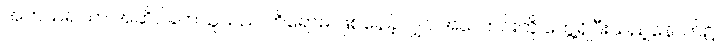
အကယ်၍သာ အဆိပ်ခတ်သူသည် ဟိရောမိ ဖြစ်နေခဲ့လျှင် အလောင်းကို တွေ့ရှိပြီးသည့်နောက်၌